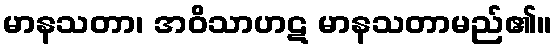
မာနသတာ၊ အဝိသာဟဋ မာနသတာမည်၏။